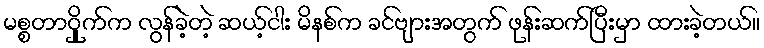
မစ္စတာဝှိုက်က လွန်ခဲ့တဲ့ ဆယ့်ငါး မိနစ်က ခင်ဗျားအတွက် ဖုန်းဆက်ပြီးမှာ ထားခဲ့တယ်။